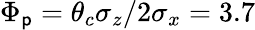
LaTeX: \Phi_{\mathsf{p}}=\theta_{c}\sigma_{z}/2\sigma_{x}=3.7